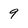
Character: 9